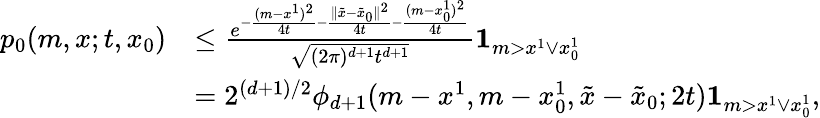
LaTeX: \begin{array}{rl}{p_{0}(m,x;t,x_{0})}&{\leq\frac{e^{-\frac{(m-x^{1})^{2}}{4t}-\frac{\| \tilde{x}-\tilde{x}_{0}\| ^{2}}{4t}{-\frac{(m-x_{0}^{1})^{2}}{4t}}}}{\sqrt{(2\pi)^{d+1}t^{d+1}}}{\mathbf 1}_{m>x^{1}\vee x_{0}^{1}}}\\ &{=2^{(d+1)/2}\phi_{d+1}(m-x^{1},m-x_{0}^{1},\tilde{x}-\tilde{x}_{0};2t){\mathbf 1}_{m>x^{1}\vee x_{0}^{1}},}\end{array}